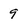
Character: 9